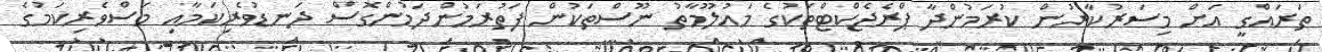
ތަރައްގީ އަށް މިސަރުކާރުން ކުރަމުންދާ ޕްރެޖެކްޓްތަކުގެ މައުލޫމާތު ނޫސްތަކުން ފަތުރަމުންދަމުންގޮސް ދަނޑުވެރިކަމާއި މަސްވެރިކަމުގެ